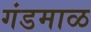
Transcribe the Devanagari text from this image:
गंडमाळ